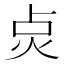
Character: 𭴙